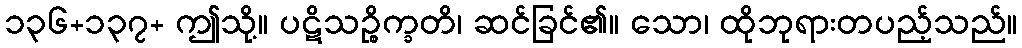
၁၃၆+၁၃၇+ ဤသို့။ ပဋိသဉ္စိက္ခတိ၊ ဆင်ခြင်၏။ သော၊ ထိုဘုရားတပည့်သည်။